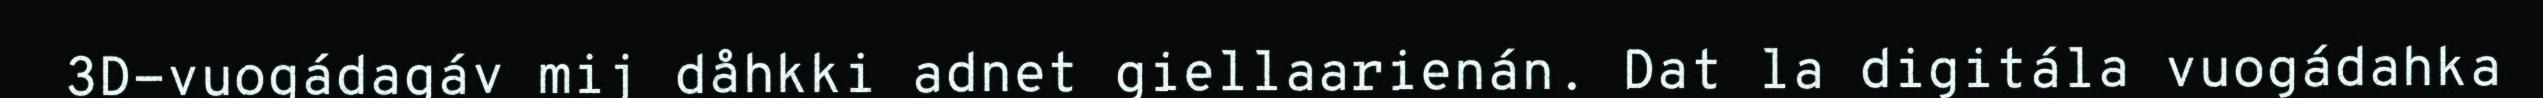
3D-vuogádagáv mij dåhkki adnet giellaarienán. Dat la digitála vuogádahka